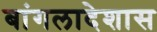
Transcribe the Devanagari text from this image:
बांगलादेशास